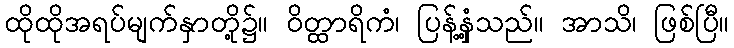
ထိုထိုအရပ်မျက်နှာတို့၌။ ဝိတ္ထာရိကံ၊ ပြန့်နှံ့သည်။ အာသိ၊ ဖြစ်ပြီ။